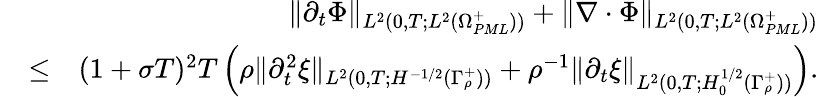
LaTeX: \begin{array}{rlr}&{}&{\| \partial_{t}\Phi\| _{L^{2}(0,T;L^{2}(\Omega_{PML}^{+}))}+\| \nabla\cdot\Phi\| _{L^{2}(0,T;L^{2}(\Omega_{PML}^{+}))}}\\ &{\leq}&{(1+\sigma T)^{2}T\left(\rho\| \partial_{t}^{2}\xi\| _{L^{2}(0,T;H^{-1/2}(\Gamma_{\rho}^{+}))}+\rho^{-1}\| \partial_{t}\xi\| _{L^{2}(0,T;H_{0}^{1/2}(\Gamma_{\rho}^{+}))}\right).}\end{array}